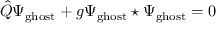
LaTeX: \hat { Q } \Psi _ { \mathrm { g h o s t } } + g \Psi _ { \mathrm { g h o s t } } \star \Psi _ { \mathrm { g h o s t } } = 0